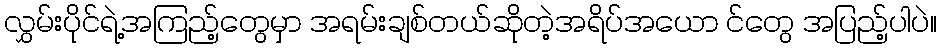
လွှမ်းပိုင်ရဲ့အကြည့်တွေမှာ အရမ်းချစ်တယ်ဆိုတဲ့အရိပ်အယော င်တွေ အပြည့်ပါပဲ။